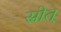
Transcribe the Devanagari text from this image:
स्रोत्